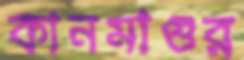
কানমাগুর